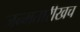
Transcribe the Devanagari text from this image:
जन्मतारीखच